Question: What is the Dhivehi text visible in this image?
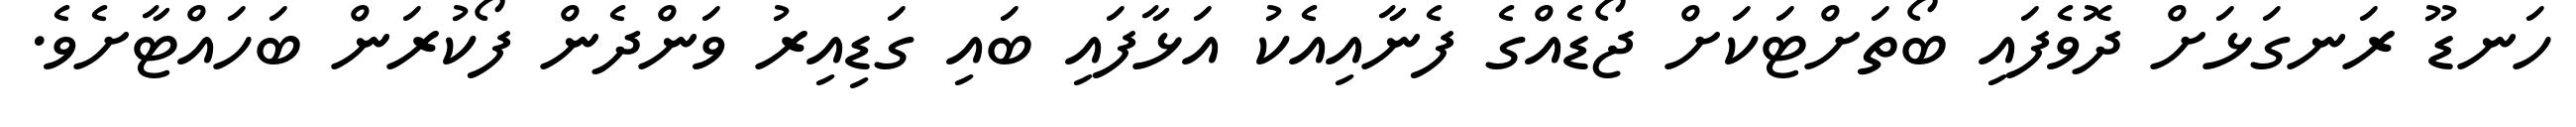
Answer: ހަނޑޫ ރަނގަޅަށް ދޮވެފައި ބޯތަށްޓަކަށް ޖޯޑެއްގެ ފެނާއިއެކު އަޅާފައި ބައި ގަޑިއިރު ވަންދެން ފޯކުރަން ބަހައްޓާށެވެ.